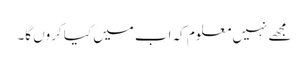
مجھے نہیں معلوم کہ اب میں کیا کروں گا۔